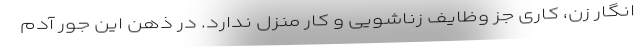
انگار زن، کاری جز وظایف زناشویی و کار منزل ندارد. در ذهن این جور آدم